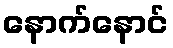
နောက်နောင်